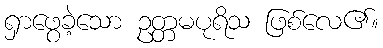
ရှာဖွေခဲ့သော ဥတ္တမပုရိသ ဖြစ်လေ၏။